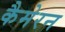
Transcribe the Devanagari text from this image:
कैमेरन